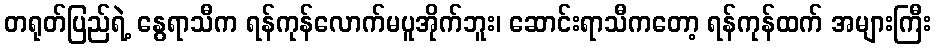
တရုတ်ပြည်ရဲ့ နွေရာသီက ရန်ကုန်လောက်မပူအိုက်ဘူး၊ ဆောင်းရာသီကတော့ ရန်ကုန်ထက် အများကြီး